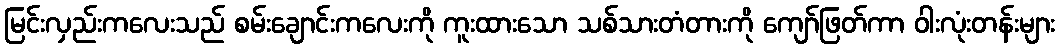
မြင်းလှည်းကလေးသည် စမ်းချောင်းကလေးကို ကူးထားသော သစ်သားတံတားကို ကျော်ဖြတ်ကာ ဝါးလုံးတန်းများ